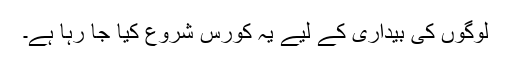
لوگوں کی بیداری کے لیے یہ کورس شروع کیا جا رہا ہے۔